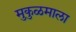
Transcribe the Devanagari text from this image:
मुकुळमाला